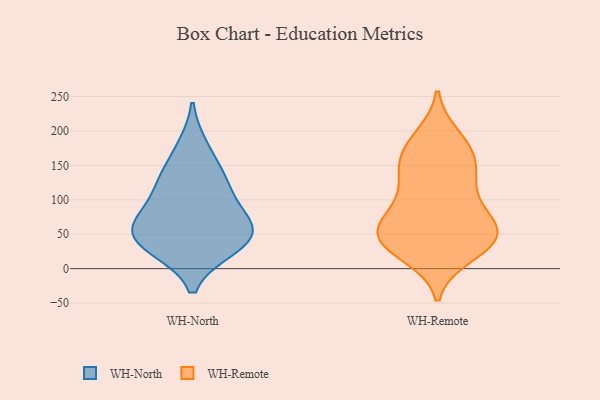
{"axis": {"x": "Waste Production (Tons)", "y": "Value"}, "legend": ["WH-North", "WH-Remote"], "data": [{"x": "", "y": 29, "type": "WH-North"}, {"x": "", "y": 29, "type": "WH-North"}, {"x": "", "y": 55, "type": "WH-North"}, {"x": "", "y": 124, "type": "WH-North"}, {"x": "", "y": 137, "type": "WH-North"}, {"x": "", "y": 62, "type": "WH-North"}, {"x": "", "y": 177, "type": "WH-North"}, {"x": "", "y": 39, "type": "WH-North"}, {"x": "", "y": 74, "type": "WH-North"}, {"x": "", "y": 110, "type": "WH-North"}, {"x": "", "y": 66, "type": "WH-North"}, {"x": "", "y": 58, "type": "WH-Remote"}, {"x": "", "y": 106, "type": "WH-Remote"}, {"x": "", "y": 144, "type": "WH-Remote"}, {"x": "", "y": 132, "type": "WH-Remote"}, {"x": "", "y": 69, "type": "WH-Remote"}, {"x": "", "y": 35, "type": "WH-Remote"}, {"x": "", "y": 103, "type": "WH-Remote"}, {"x": "", "y": 58, "type": "WH-Remote"}, {"x": "", "y": 47, "type": "WH-Remote"}, {"x": "", "y": 34, "type": "WH-Remote"}, {"x": "", "y": 40, "type": "WH-Remote"}, {"x": "", "y": 151, "type": "WH-Remote"}, {"x": "", "y": 175, "type": "WH-Remote"}, {"x": "", "y": 20, "type": "WH-Remote"}, {"x": "", "y": 31, "type": "WH-Remote"}, {"x": "", "y": 184, "type": "WH-Remote"}, {"x": "", "y": 191, "type": "WH-Remote"}, {"x": "", "y": 153, "type": "WH-Remote"}, {"x": "", "y": 75, "type": "WH-Remote"}, {"x": "", "y": 60, "type": "WH-Remote"}]}